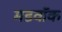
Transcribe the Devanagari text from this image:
मडवॉक